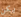
يكن